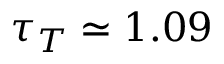
\tau _ { T } \simeq 1 . 0 9